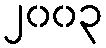
၂၀၀၃